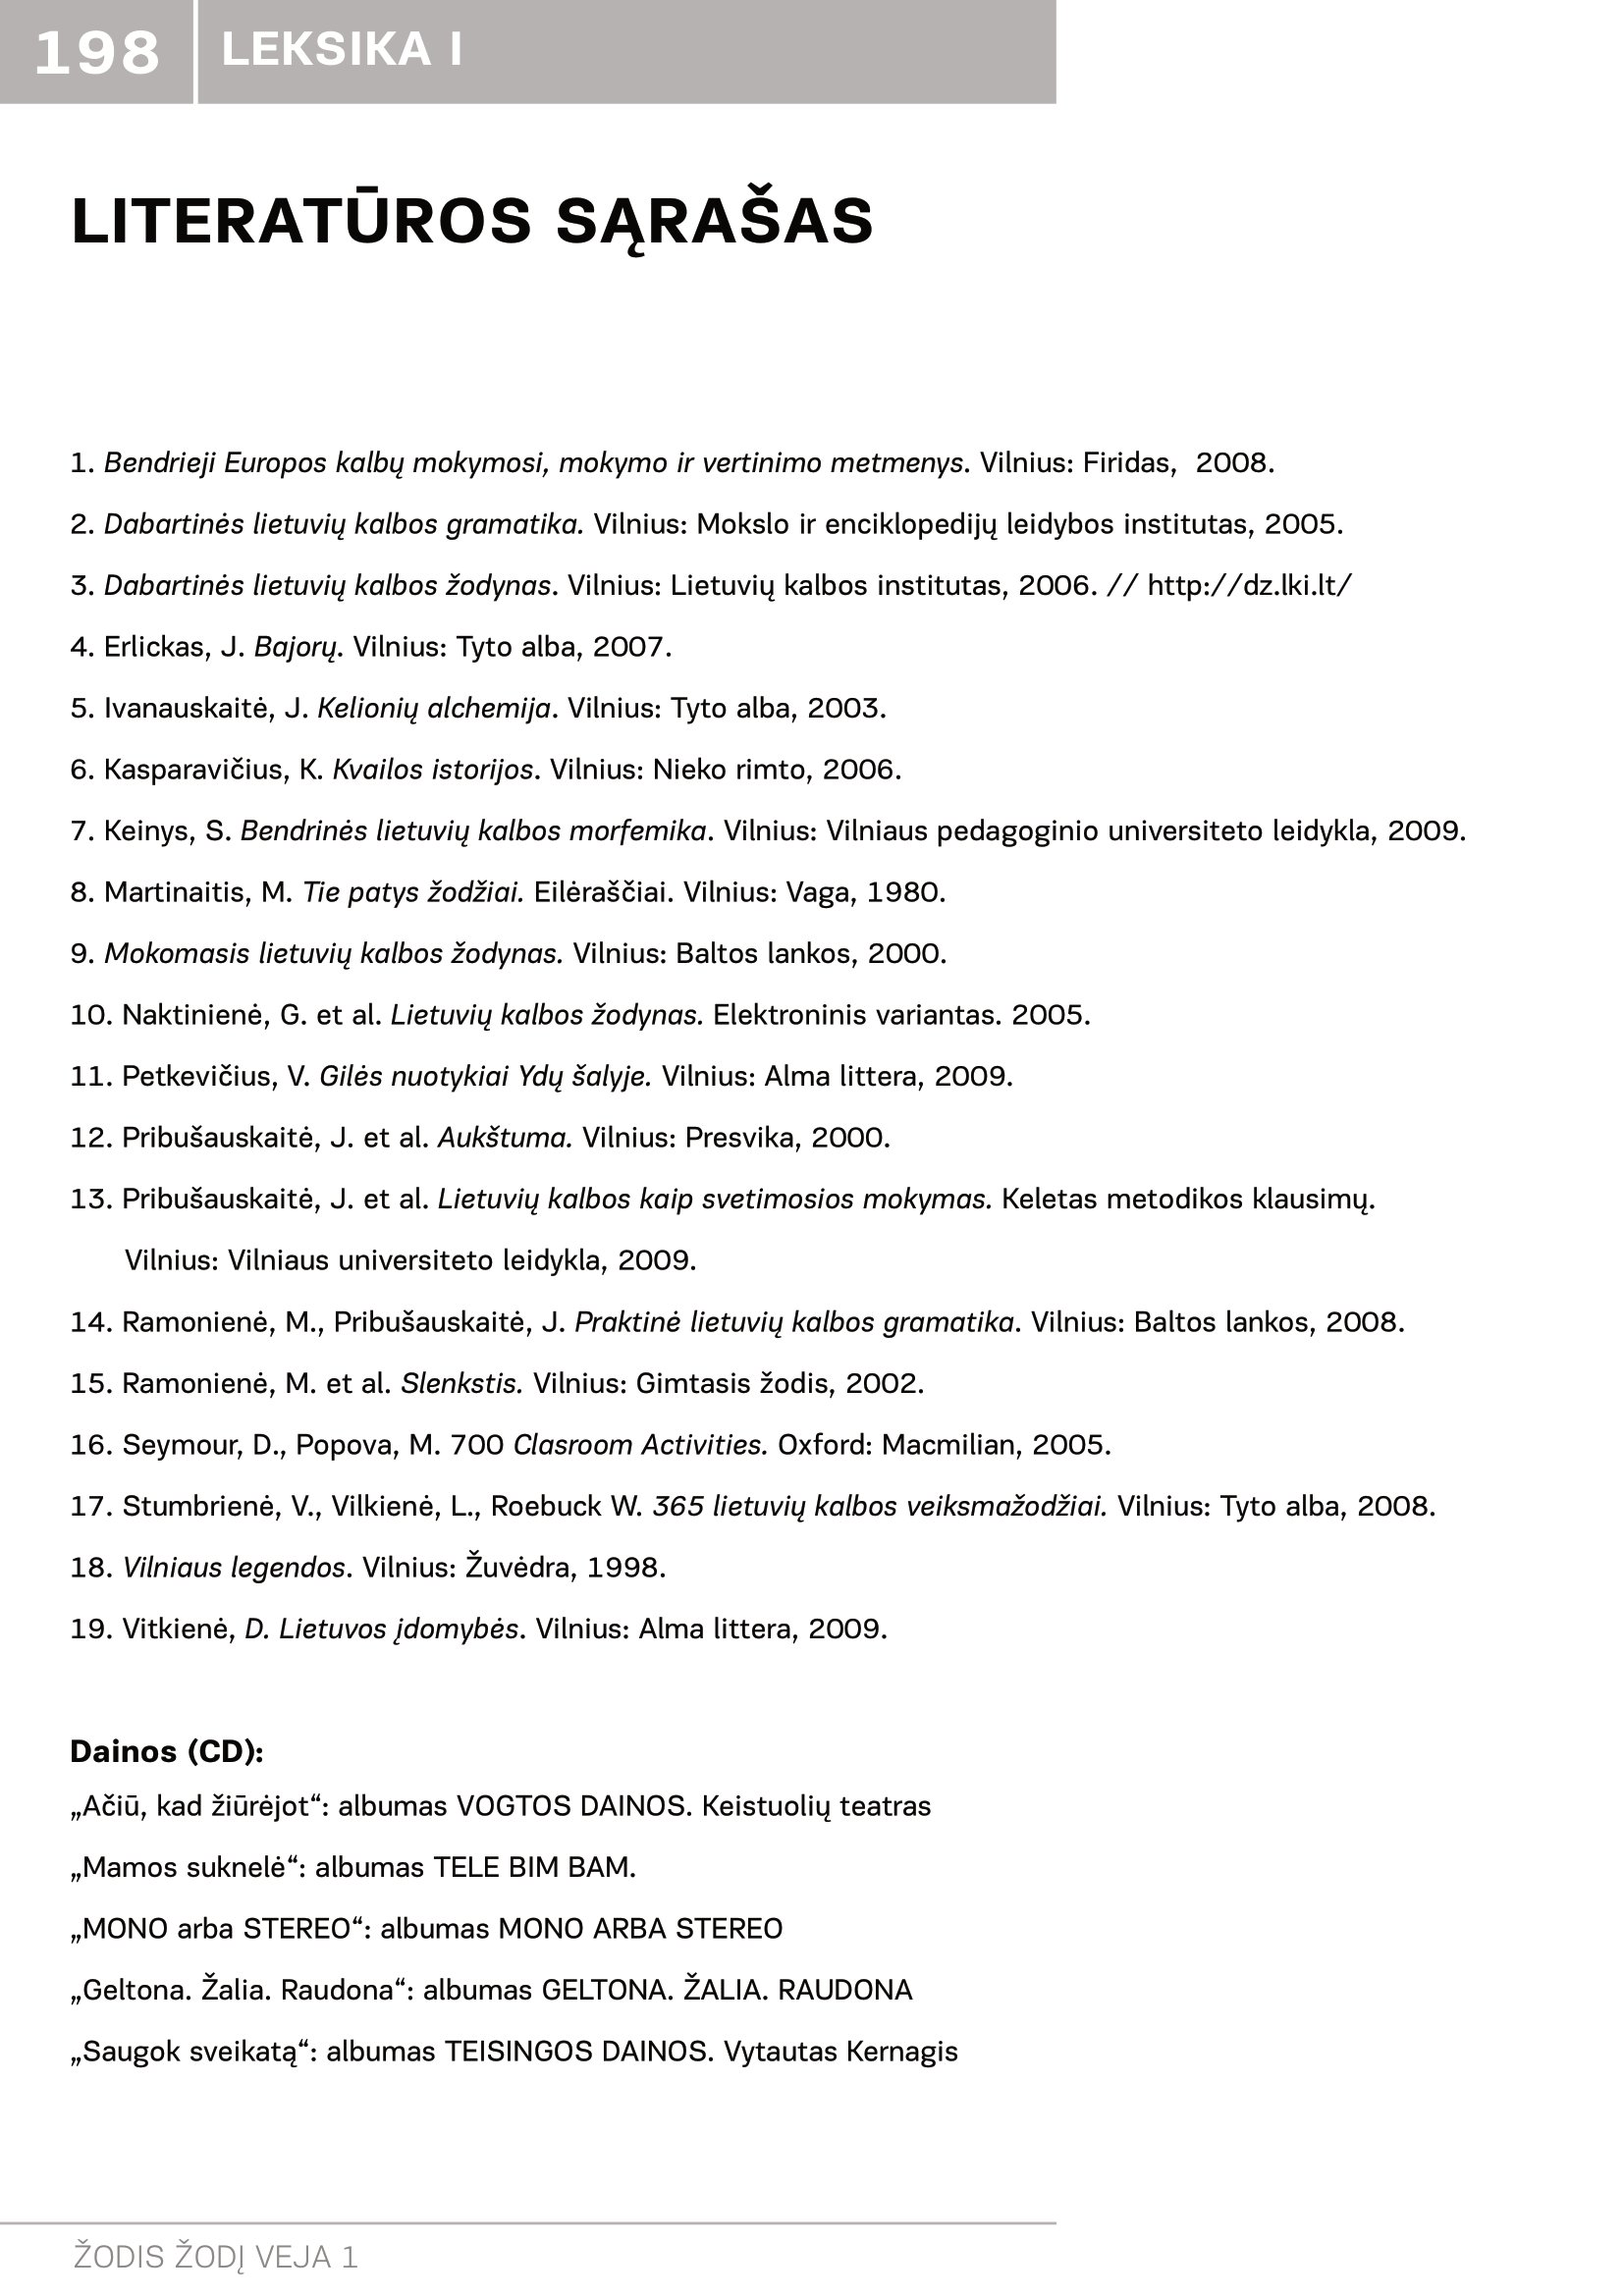
Language: lt